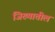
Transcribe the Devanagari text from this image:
जिख्यातील